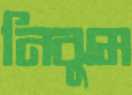
নিঝুম